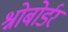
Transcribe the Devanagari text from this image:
श्नोबोर्डर